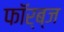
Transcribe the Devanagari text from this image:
फॉर्ब्ज